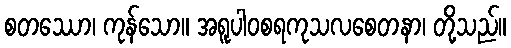
စတဿော၊ ကုန်သော။ အရူပါဝစရကုသလစေတနာ၊ တို့သည်။